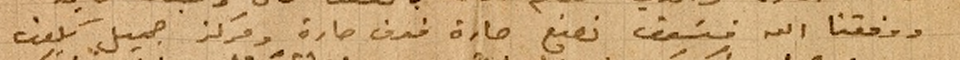
ووفقنا الله فسَوف نصنع حارة فوق حارة ومركز جميل يكون